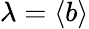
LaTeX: \lambda=\left<b\right>